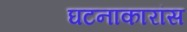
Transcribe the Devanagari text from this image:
घटनाकारांस